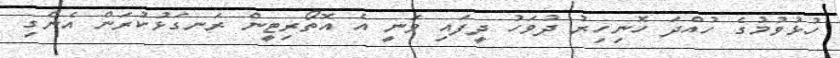
ހުޅުވުމުގެ ހުއްދަ ހޮނިހިރު ދުވަހު ދީފައި ވަނީ އެ އޮތޯރިޓީން ރަނގަޅުކުރަން އެންގި